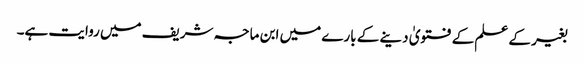
بغیر کے علم کے فتویٰ دینے کے بارے میں ابن ماجہ شریف میں روایت ہے۔